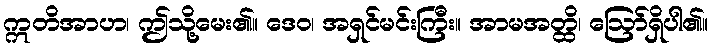
ဣတိအာဟ၊ ဤသို့မေး၏။ ဒေဝ၊ အရှင်မင်းကြီး။ အာမအတ္ထိ၊ ဩော်ရှိပါ၏။